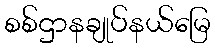
စစ်ဌာနချုပ်နယ်မြေ